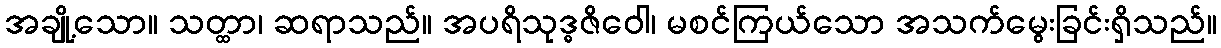
အချို့သော။ သတ္ထာ၊ ဆရာသည်။ အပရိသုဒ္ဓဇိဝေါ၊ မစင်ကြယ်သော အသက်မွေးခြင်းရှိသည်။